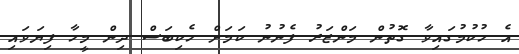
އެ ހުކުމުގައިވާ ގޮތުން މަންޒަރު ފެނުނު ކަމަށް ހެކިބަސް ދިން މީހާ ފިޔަވައި